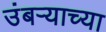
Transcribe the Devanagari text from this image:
उंबऱ्याच्या